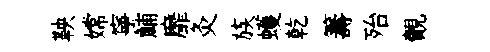
鞅嫦寧鯆靡灸族蠖乾籌殆覿